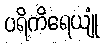
ပရိကိရေယျုံ